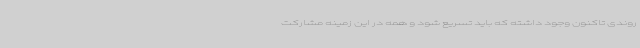
روندی تاکنون وجود داشته که باید تسریع شود و همه در این زمینه مشارکت